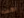
الآنسه